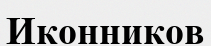
Иконников